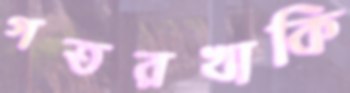
গতরখাকি